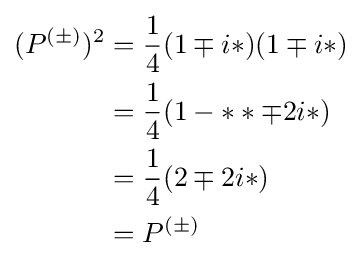
{\begin{aligned}{}(P^{(\pm )})^{2}&={1 \over 4}(1\mp i*)(1\mp i*)\\{}&={1 \over 4}(1-**\mp 2i*)\\{}&={1 \over 4}(2\mp 2i*)\\{}&=P^{(\pm )}\end{aligned}}